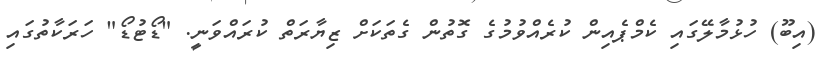
(އިބޫ) ހުޅުމާލޭގައި ކެމްޕެއިން ކުރެއްވުމުގެ ގޮތުން ގެތަކަށް ޒިޔާރަތް ކުރައްވަނީ. "ޑޯޓުޑޯ" ހަރަކާތުގައި